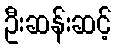
ဦးဆန်းဆင့်